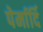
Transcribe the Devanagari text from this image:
पेर्मार्दि